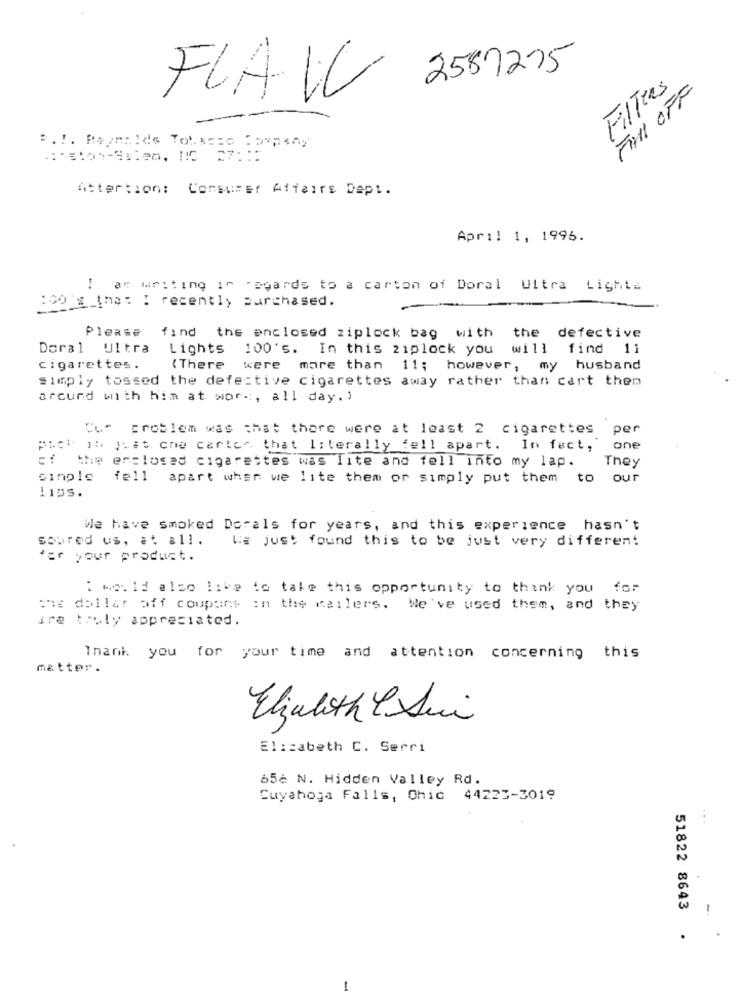
2587275
FilTras
FALL OFF
FLAW
--
Attertion: Consumer Affairs Dept.
April 1, 1995.
! ar writing in "Boards to a carton of Doral Ultra Lighta
:00 g_that : recently purchased.
Please
find the enclosed ziplock bag with the defective
Doral Ultra Lights 100's. In this 21plock you will find 1i
cigarettes.
{ There
were
mare than 11; however, my husband
simply tossed the defective cigarettes away rather than cart them
arcund with him at work, all day. )
Che problem was that there were at least 2 cigarettes per
pict is just one carter that literally fell apart. In fact,
one
ci the enclosed cigarettes was fite and fell into my lap.
They
cinpls
fell apart wher we lite them or simply put them
to our
!10s.
We have smoked Dorals for years, and this experience hasn't
soured us, at all.
Ve just found this to be just very different
far your product.
: w. id also like to take this opportunity to thank you for
one dollar off coupons in the wailers. We've used them, and they
are truly appreciated.
Thank you for your time and attention concerning this
matter.
Elizabeth & Sui
Elizabeth C. Serri
656 N. Hidden Valley Rd.
Cuyahoga Falls, Chic 44223-3019
...
51822 8643
1